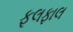
ફૂલફાલ